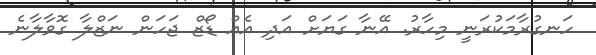
ހަނގުރާމަކުރަނީ މިހާރު. އޭނާ ގަޔަށް އަދި އެއް ޑޯޒް ޖަހަން ނަޒްލާ ގޮވާލާނެ